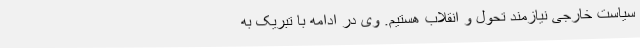
سیاست خارجی نیازمند تحول و انقلاب هستیم. وی در ادامه با تبریک به